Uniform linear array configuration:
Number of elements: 8
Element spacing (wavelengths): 1
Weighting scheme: binomial
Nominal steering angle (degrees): -45
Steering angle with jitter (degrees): -43.437
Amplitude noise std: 0.05
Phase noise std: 0.05

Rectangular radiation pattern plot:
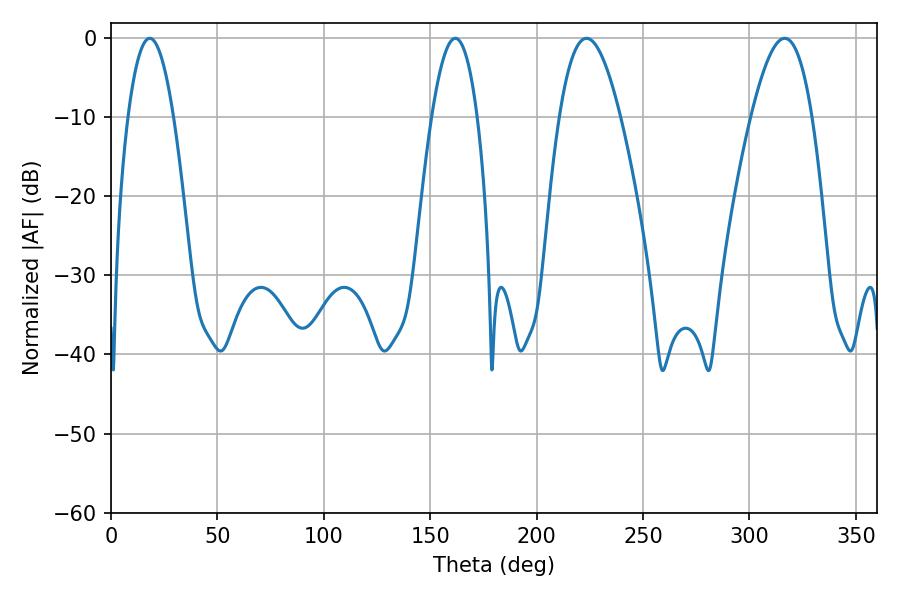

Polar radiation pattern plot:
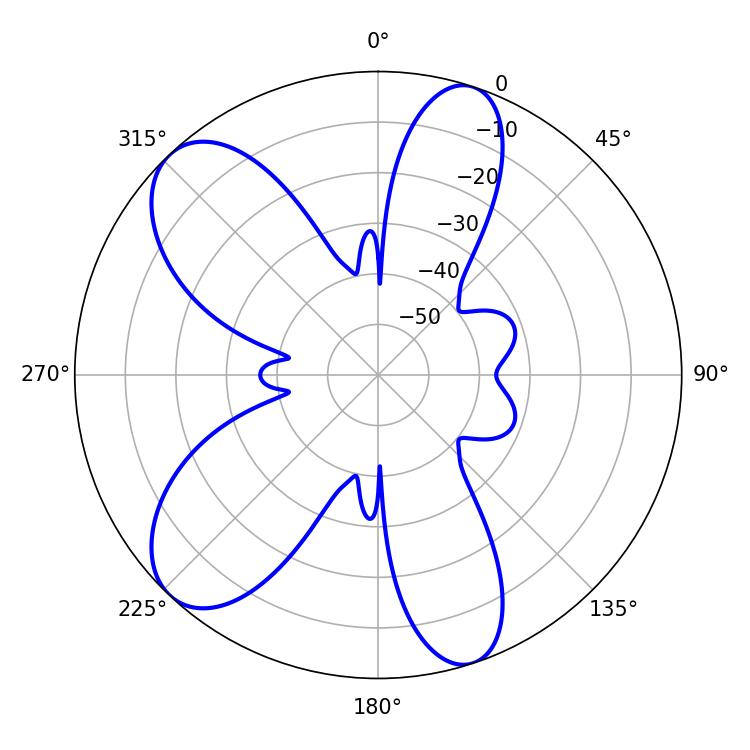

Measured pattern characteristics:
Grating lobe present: TRUE
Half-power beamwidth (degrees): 11.88
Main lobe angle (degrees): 18.18